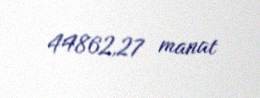
44862,27 manat